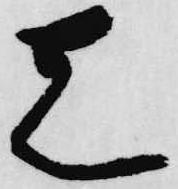
先